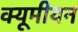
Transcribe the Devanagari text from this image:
क्यूमीयन